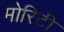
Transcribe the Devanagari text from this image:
मोरिटी